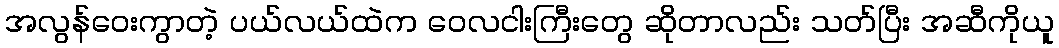
အလွန်ဝေးကွာတဲ့ ပယ်လယ်ထဲက ဝေလငါးကြီးတွေ ဆိုတာလည်း သတ်ပြီး အဆီကိုယူ